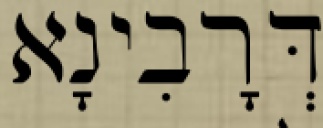
דְּרָבִינָא